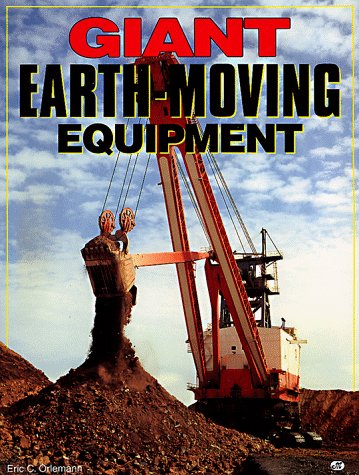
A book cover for Giant Earth-Moving Equipment; Eric C. Orlemann; Engineering & Transportation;